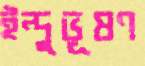
ইন্দুভূষণ